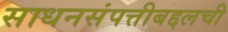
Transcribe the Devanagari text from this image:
साधनसंपत्तीबद्दलची